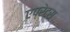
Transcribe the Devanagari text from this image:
एप्रेटस